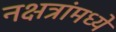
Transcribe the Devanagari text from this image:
नक्षत्रांमध्ये